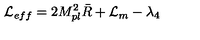
{ \cal L } _ { e f f } = 2 M _ { p l } ^ { 2 } \bar { R } + { \cal L } _ { m } - \lambda _ { 4 }